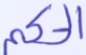
الحكم